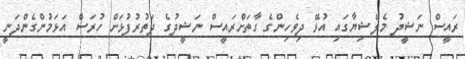
ރައީސް ނަޝީދު މެލޭޝިޔާގައި އުޅޭ ދިވެހިންގެ ގާތަށްރައީސް ނަޝީދުގެ ދަތުރުފުޅަށް ހުރަސް އަޅަމުންގެންދަނީ